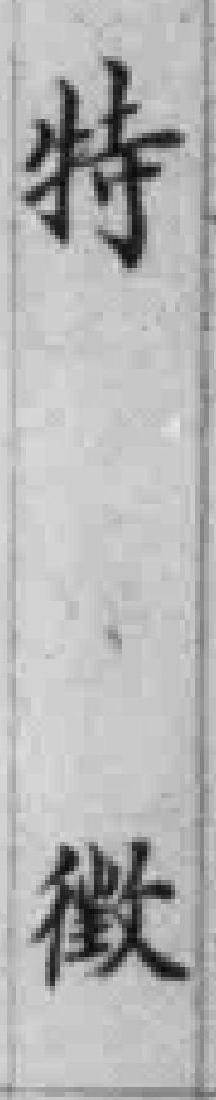
特徵